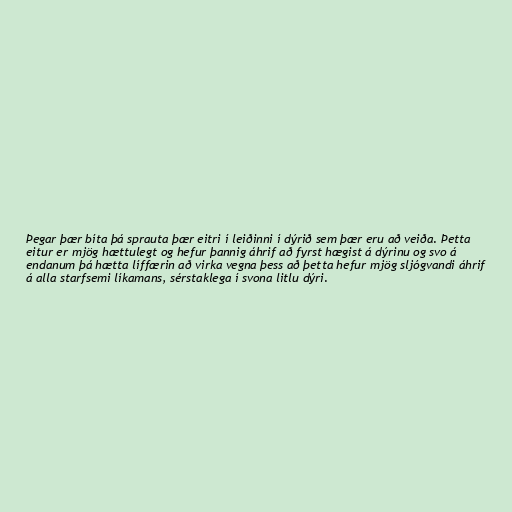
Þegar þær bíta þá sprauta þær eitri í leiðinni í dýrið sem þær eru að veiða. Þetta
eitur er mjög hættulegt og hefur þannig áhrif að fyrst hægist á dýrinu og svo á
endanum þá hætta líffærin að virka vegna þess að þetta hefur mjög sljógvandi áhrif
á alla starfsemi líkamans, sérstaklega í svona litlu dýri.